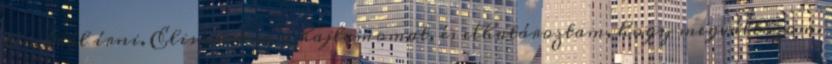
témáról írni. Elismertem a hajlamomat, és elhatároztam, hogy megváltozom.